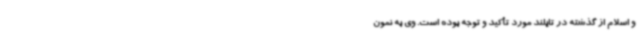
و اسلام از گذشته در تایلند مورد تأکید و توجه بوده است. وی به نمون